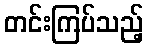
တင်းကြပ်သည့်